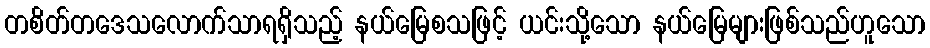
တစိတ်တဒေသလောက်သာရရှိသည့် နယ်မြေစသဖြင့် ယင်းသို့သော နယ်မြေများဖြစ်သည်ဟူသော